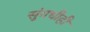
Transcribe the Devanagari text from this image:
सुंगधीही